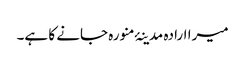
میرا ارادہ مدینۂ منورہ جانے کا ہے۔